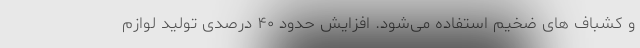
و کشباف های ضخیم استفاده می‌شود. افزایش حدود ۴۰ درصدی تولید لوازم